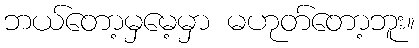
ဘယ်တော့မှမေ့မှာ မဟုတ်တော့ဘူး။